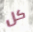
كل